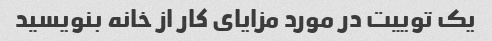
یک توییت در مورد مزایای کار از خانه بنویسید